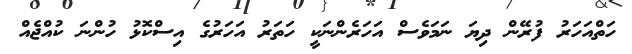
ހަތްއަހަރު ފުރޭން ދިޔަ ނަމަވެސް އަހަރެންނަކީ ހަތަރު އަހަރުގެ އިސްކޮޅު ހުންނަ ކުއްޖެއް